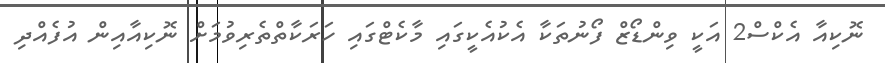
ނޮކިއާ އެކްސް2 އަކީ ވިންޑޯޒް ފޯނުތަކާ އެކުއެކީގައި މާކެޓްގައި ހަރަކާތްތެރިވުމަށް ނޮކިއާއިން އުފެއްދި